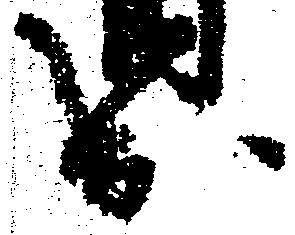
出